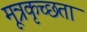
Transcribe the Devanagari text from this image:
मूत्रकृच्छता